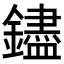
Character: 𬬗